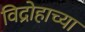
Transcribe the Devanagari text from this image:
विद्रोहाच्या